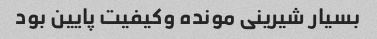
بسیار شیرینی مونده وکیفیت پایین بود